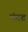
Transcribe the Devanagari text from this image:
गंगद